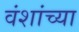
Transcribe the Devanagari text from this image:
वंशांच्या